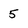
Character: 5